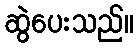
ဆွဲပေးသည်။